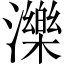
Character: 濼